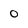
Character: 0